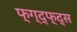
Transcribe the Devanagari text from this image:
फ्ग्द्फ्द्स